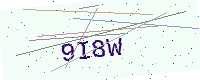
Text: 9I8W